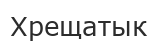
Хрещатык